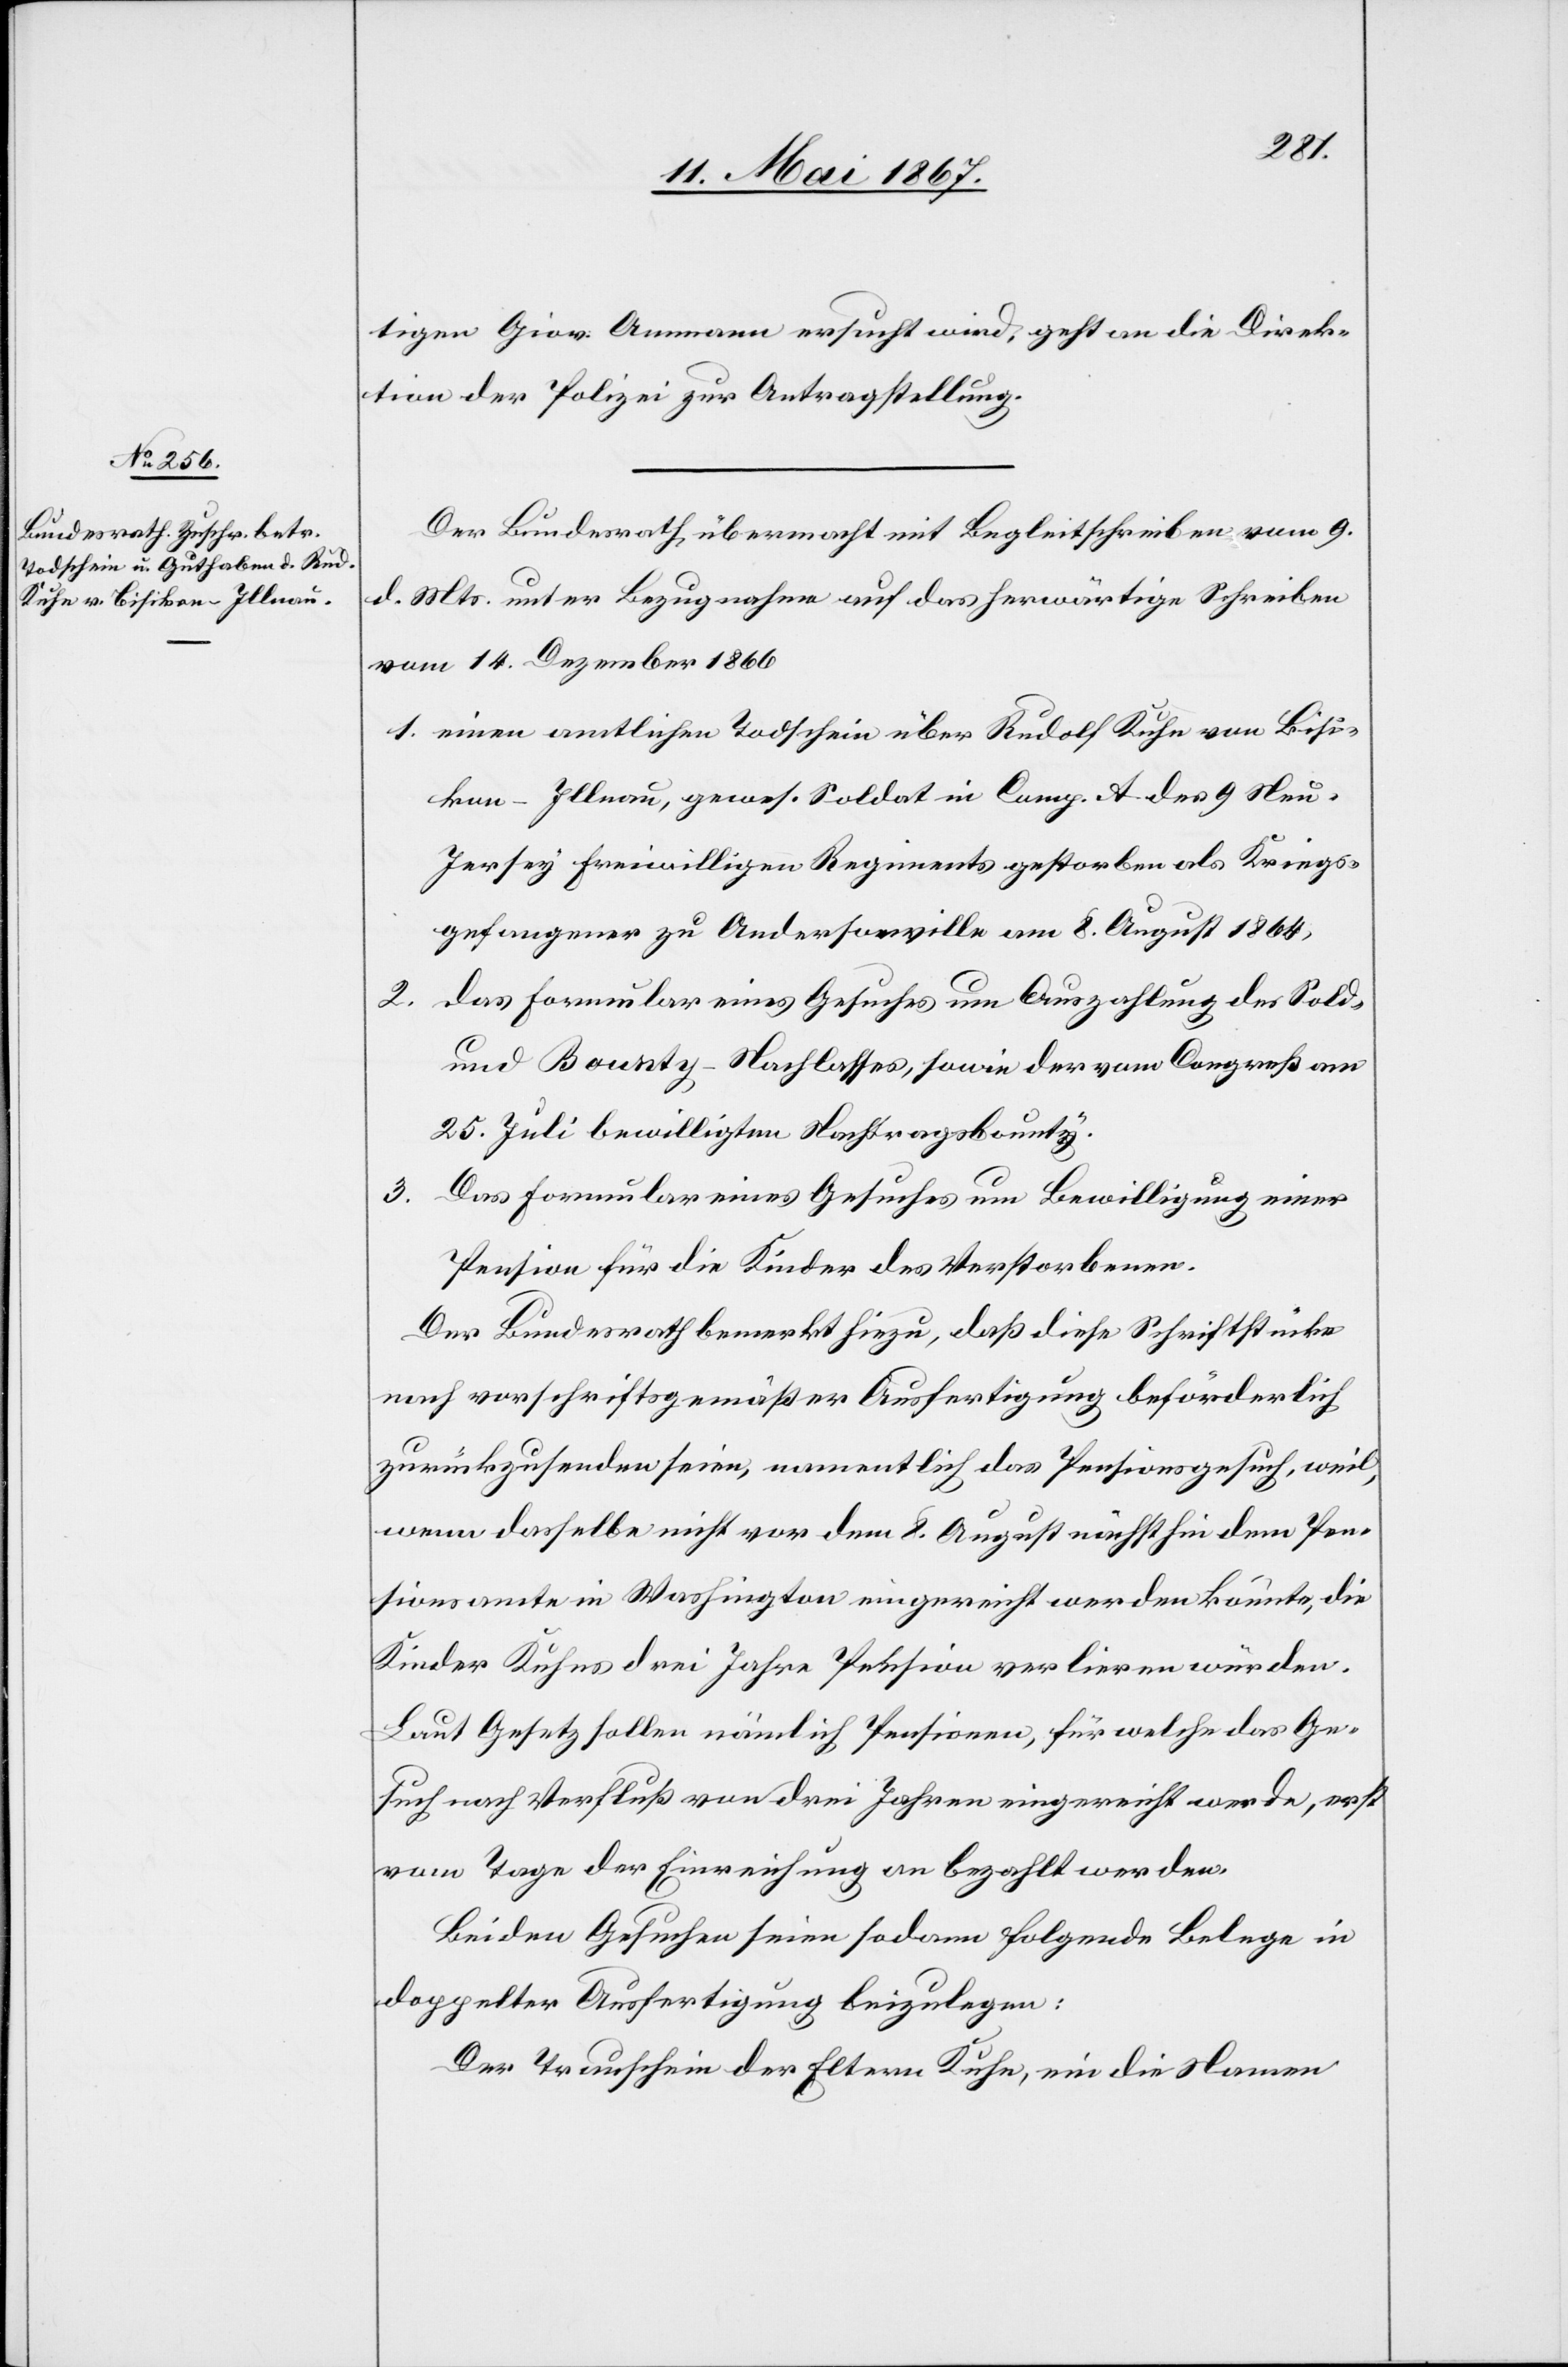
3.	D¬
13. Mai 1867.]
tigen Giov. Ammann ersucht wird, geht an die Direk¬
tion der Polizei zur Antragstellung.
Der Bundesrath übermacht mit Begleitschreiben vom 9.
d. Mts unter Bezugnahme auf das herwärtige Schreiben
vom 14. Dezember 1866
1.	einen amtlichen Todschein über Rudolf Kuhn von Bisi¬
kon-Illnau, gewes. Soldat in Comp. A der 9 Neu-J¬
ersey freiwilligen Regiments gestorben als Kriegs¬
gefangener zu Andersonville am 8. August 1864,
2.	das Formular eines Gesuches um Auszahlung des Sold-
und Bounty-Nachlasses, sowie der vom Congreß am
25. Juli bewilligten Nachtragsbounty.
as Formular eines Gesuches um Bewilligung einer
Pension für die Kinder des Verstorbenen.
Der Bundesrath bemerkt hiezu, daß diese Schriftstücke
nach vorschriftsgemäßer Ausfertigung beförderlich
zurückzusenden seien, namentlich das Pensionsgesuch, weil,
wenn dasselbe nicht vor dem 8. August nächsthin dem Pen¬
sionsamte in Washington eingereicht werden könne, die
Kinder Kuhns drei Jahre Pension verlieren würden.
Laut Gesetz sollen nämlich Pensionen, für welche das Ge¬
sucht nach Verfluß von drei Jahren eingereicht werde, erst
vom Tage der Einreichung an bezahlt werden.
Bei den Gesuchen seien sodann folgende Belege in
doppelter Ausfertigung beizulegen:
Der Trauschein der Eltern Kuhn, ein die Namen